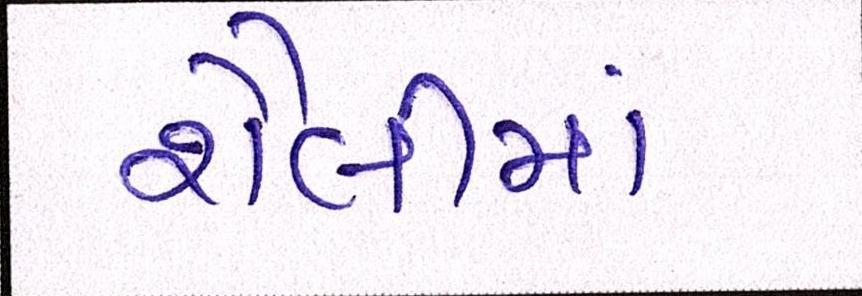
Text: શૈલીમાં